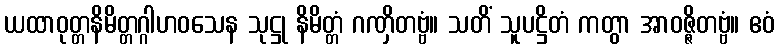
ယထာဝုတ္တနိမိတ္တဂ္ဂါဟဝသေန သုဋ္ဌု နိမိတ္တံ ဂဏှိတဗ္ဗံ။ သတိံ သူပဋ္ဌိတံ ကတွာ အာဝဇ္ဇိတဗ္ဗံ။ ဧဝံ